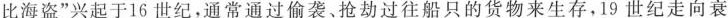
比海盗”兴起于16世纪，通常通过偷袭、抢劫过往船只的货物来生存，19世纪走向衰